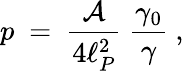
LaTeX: p~=~{\frac{\cal A}{4\ell_{P}^{2}}}~{\frac{\gamma_{0}}{\gamma}}~,